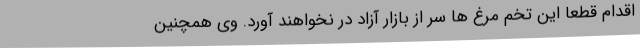
اقدام قطعا این تخم مرغ ها سر از بازار آزاد در نخواهند آورد. وی همچنین